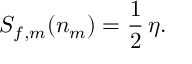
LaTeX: S _ { f , m } ( n _ { m } ) = { \frac { 1 } { 2 } } \, \eta .